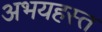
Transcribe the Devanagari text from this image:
अभयहस्त